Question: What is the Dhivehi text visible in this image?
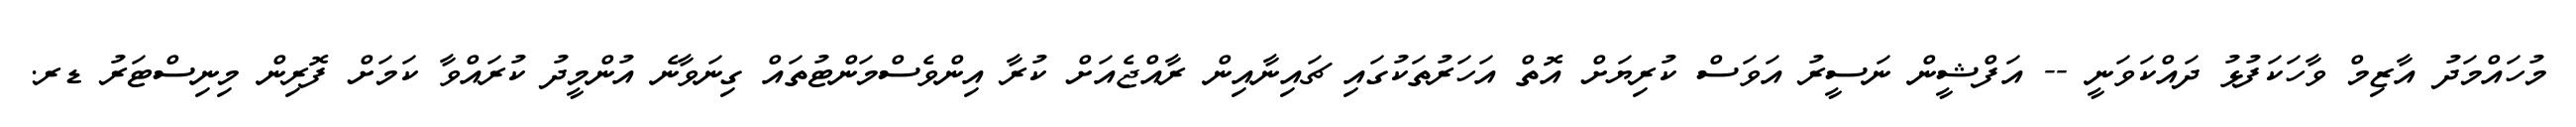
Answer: މުހައްމަދު އާޒިމް ވާހަކަފުޅު ދައްކަވަނީ -- އަފްޝީން ނަސީރު އަވަސް ކުރިޔަށް އޮތް އަހަރުތަކުގައި ޗައިނާއިން ރާއްޖެއަށް ކުރާ އިންވެސްމަންޓުތައް ގިނަވާނެ އުންމީދު ކުރައްވާ ކަމަށް ފޮރިން މިނިސްޓަރު ޑރ.